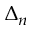
\Delta _ { n }